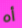
أه